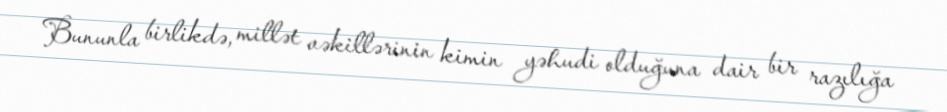
Bununla birlikdə, millət vəkillərinin kimin yəhudi olduğuna dair bir razılığa